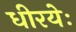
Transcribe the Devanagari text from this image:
धीरयेः